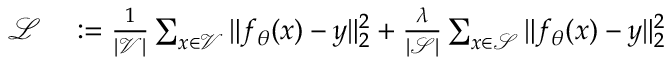
\begin{array} { r l } { \mathcal { L } } & { { } : = \frac { 1 } { | \mathcal { V } | } \sum _ { x \in \mathcal { V } } \| f _ { \theta } ( x ) - y \| _ { 2 } ^ { 2 } + \frac { \lambda } { | \mathcal { S } | } \sum _ { x \in \mathcal { S } } \| f _ { \theta } ( x ) - y \| _ { 2 } ^ { 2 } } \end{array}